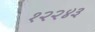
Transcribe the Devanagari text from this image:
१२२४३